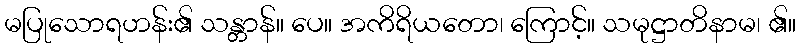
မပြုသောရဟန်း၏ သန္တာန်။ ပေ။ အကိရိယတော၊ ကြောင့်။ သမုဋ္ဌာတိနာမ၊ ၏။